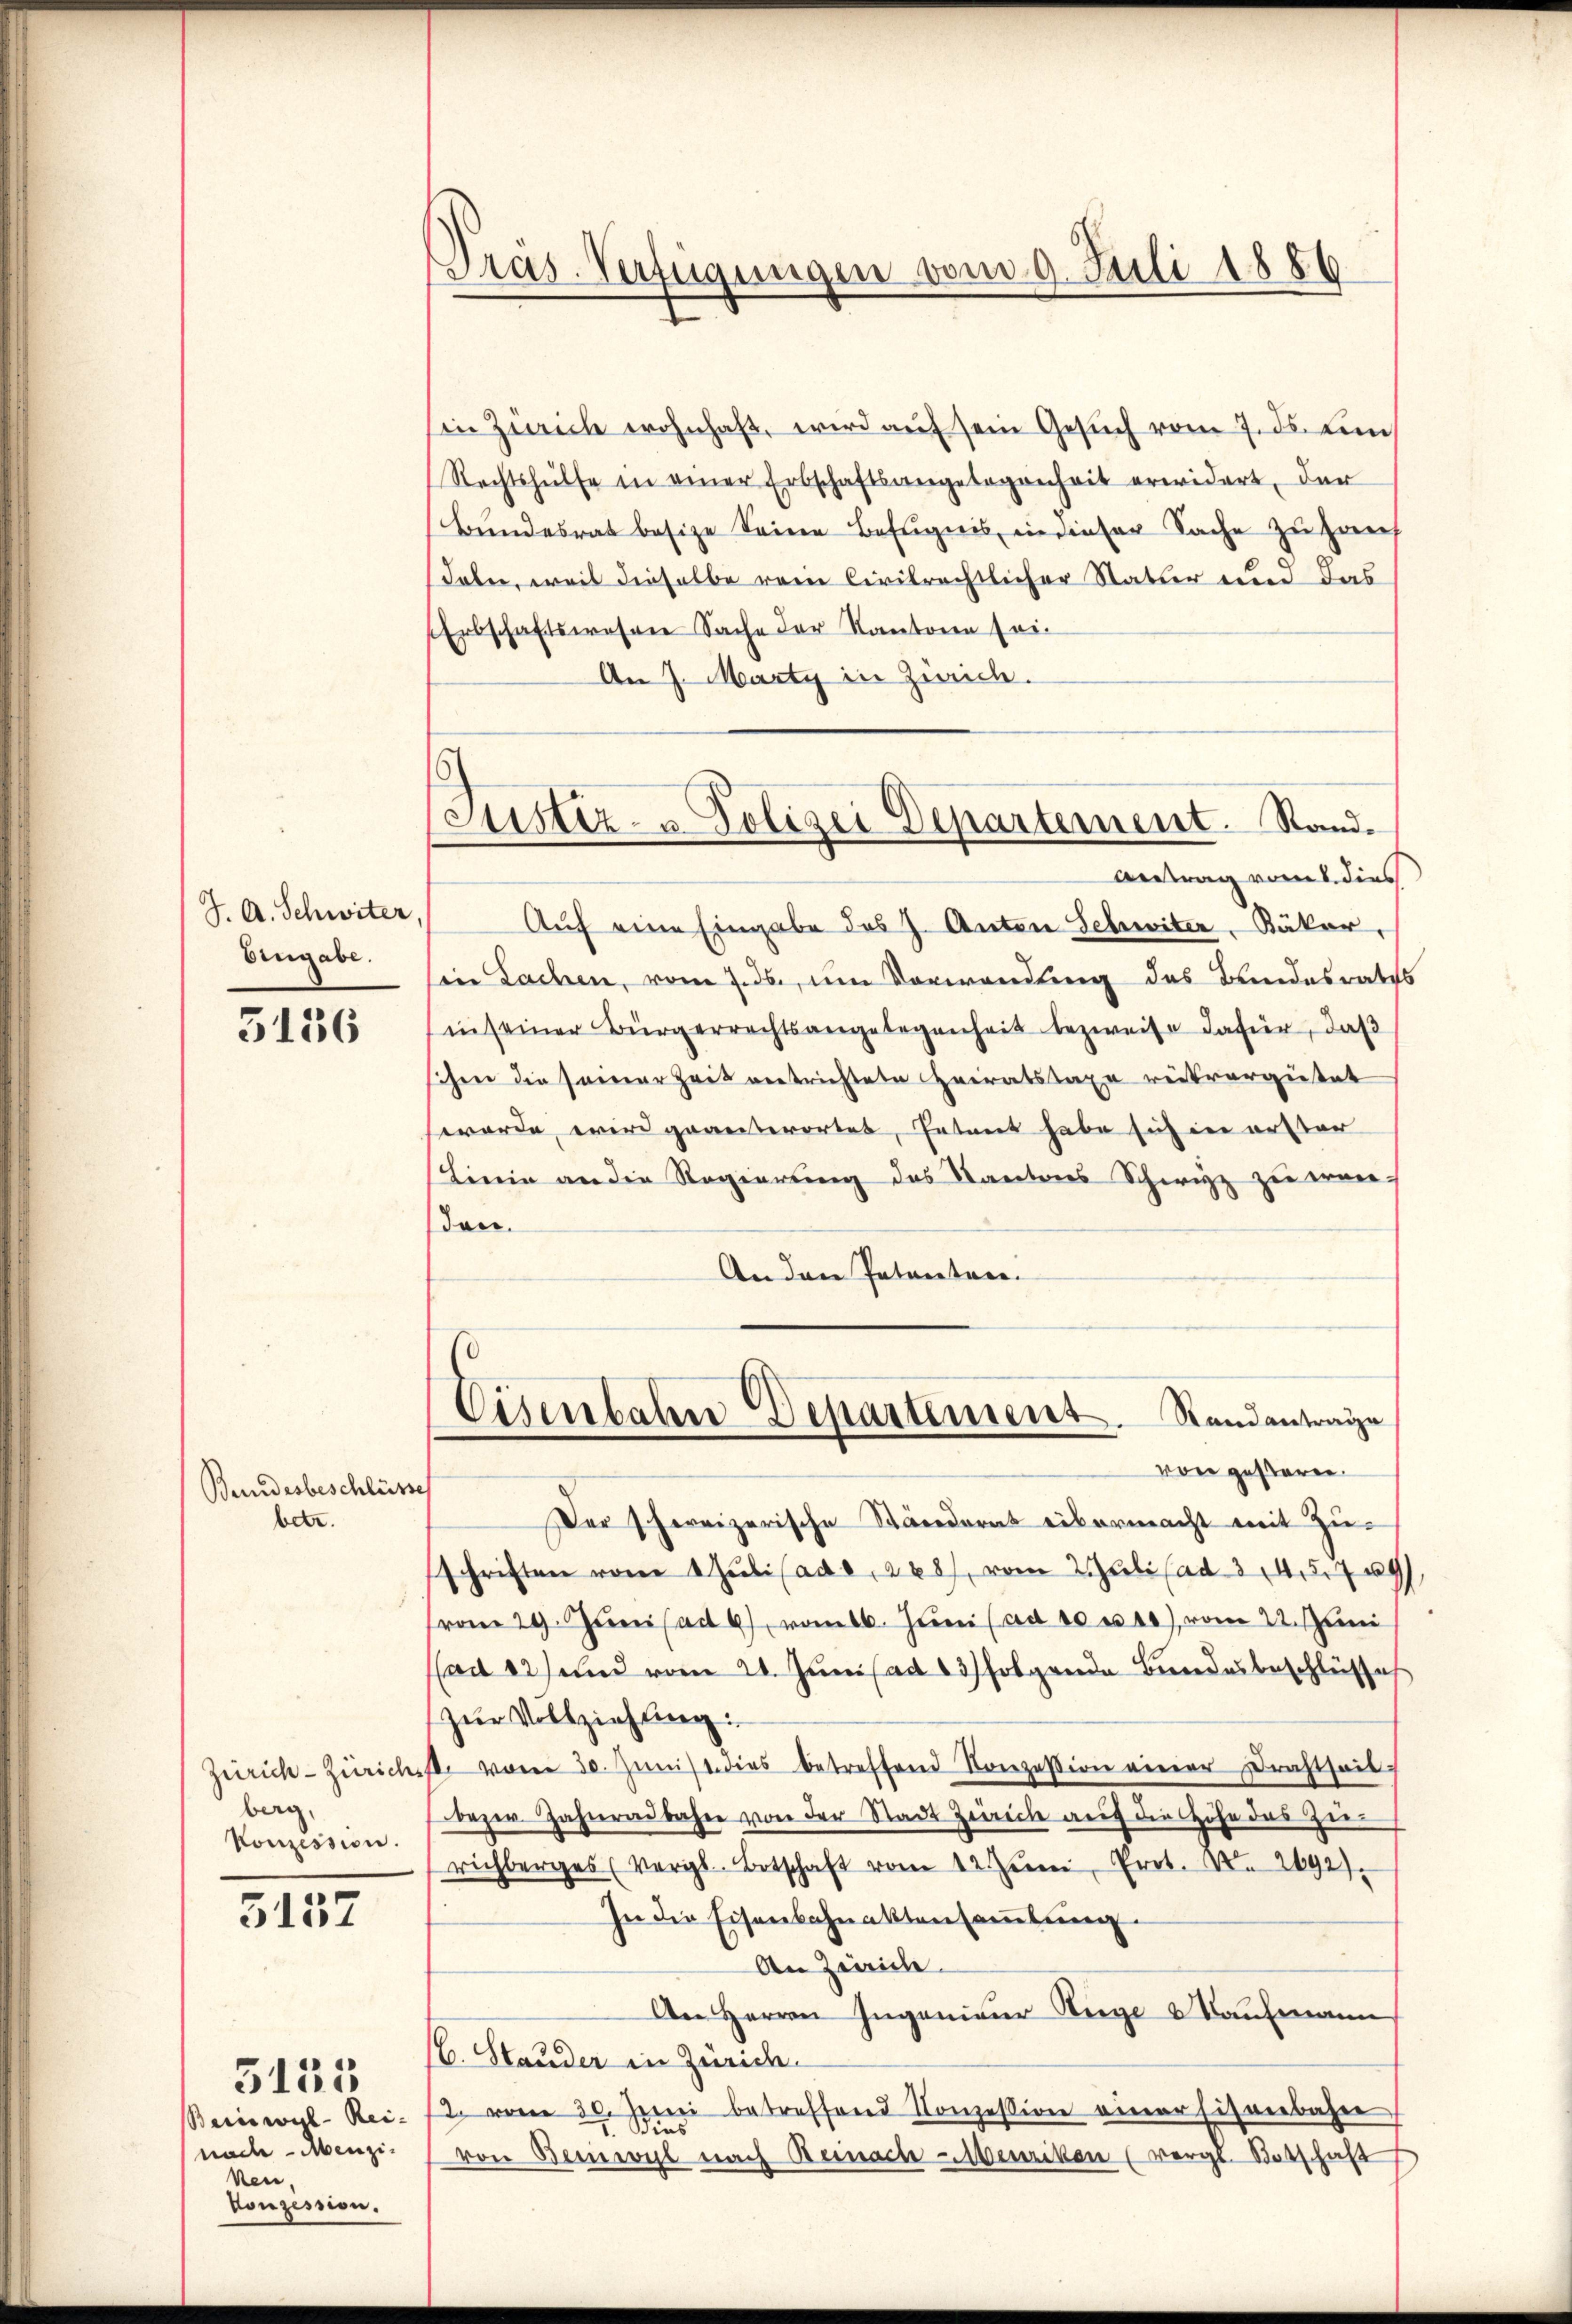
J. A. Schwiter
Eingabe.

3136

Berndesbeschlüsse
betr.

berg,
Konzession.

5137

Bainwil- Rei-
nach - Abenzin
ken.
Konzession.

5135

Pras. Verfügungen vom 9. Juli 1886

in Zürich wohnhaft, wird auf sein Gesuch vom 7. ds. den
Rechtshülfe in einer Erbschaftsangelegenheit erwidert, der
Bundesrat besize Seine Befugnis in dieser Sache zu haus
Talen, weil dieselbe rein Civilrechtlicher Natur ein das
Erbschaftswesen Sache der Kantone sei.
An 7. Marty in Zürich.
Antrag vom 2. dies
Aŭf eine Eingabe des J. Anton Schwiter, Bäker,
in Sachen, vom 7. ds., um Vorwendung des Bundesrath
in seiner Bürgerrechtsangelegenheit bezweife dafür, daß
ihrer die seiner Zeit vertrichtete Heiratstaxe reitvergütet
werde, wird geanterortet, Entant habe sich in erster
Lirein an die Regierung des Kantons Schwizz zu erwieden.
An den Patentare.
Cisenbahn Departement. Standantrage
von gestern.
Der schweizerische Ständerat übermacht mit Zuschriften vom 1 Juli lade, 228), vom Juli (ad 34. 579
vom 29. Jŭni ad 6 vom 16. Jŭni (ad 10 u. 10) vom 22. Juni
(ad 22) und vom 21. Juni ad 13) folgende Bundesbeschlüsse
zŭr Vollziehung:
zürich- Zürichste vom 30. Jŭni dies betreffend Konzession einer Drahtheil-
bezw. Jahrendbahre von der Stadt Zürich auf die Höhe das Zurichberges (Vergl. Botschaft vom 12ten Prot. N. 292)
In die Eisenbahnaktensammlung.
An Zwicke.
An Herrn Ingenieur Siege & Kaufmann
(6. Stauder in Züric
2 vom 30. Juni betreffend Konzession einer Eisenbahne
von Beinwyl nach Beinach-Menzikon (vergl. Botschaft

Justiz- u. Polizei Departement. Stand.